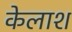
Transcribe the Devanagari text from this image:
केलाश